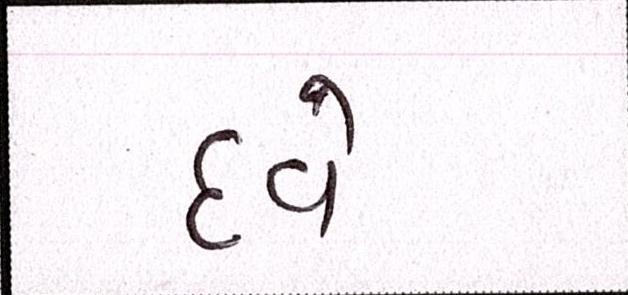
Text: દવે